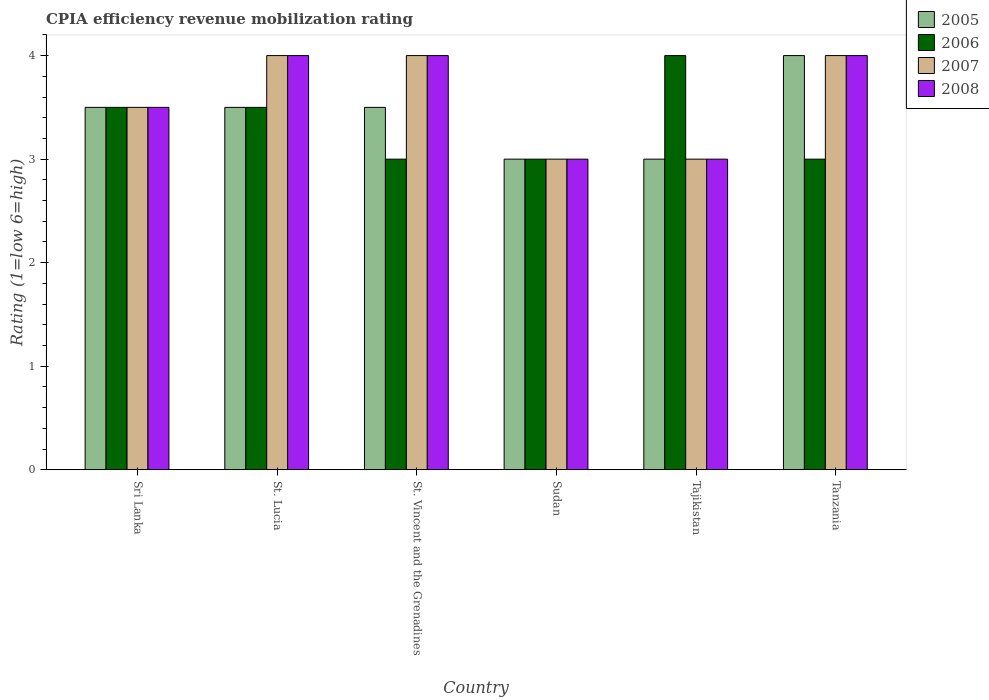
| Country | 2005 | 2006 | 2007 | 2008 |
 | --- | --- | --- | --- | --- |
 | Sri Lanka | 3.5 | 3.5 | 3.5 | 3.5 |
 | St. Lucia | 3.5 | 3.5 | 4 | 4 |
 | St. Vincent and the Grenadines | 3.5 | 3 | 4 | 4 |
 | Sudan | 3 | 3 | 3 | 3 |
 | Tajikistan | 3 | 4 | 3 | 3 |
 | Tanzania | 4 | 3 | 4 | 4 |